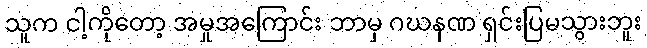
သူက ငါ့ကိုတော့ အမှုအကြောင်း ဘာမှ ဂဃနဏ ရှင်းပြမသွားဘူး